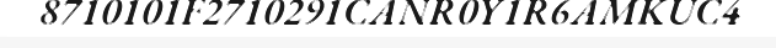
8710101F2710291CANR0Y1R6AMKUC4